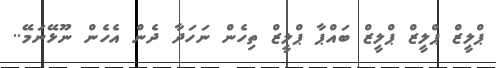
ޕްލީޒް ޕްލީޒް ޕްލީޒް ބައްޕާ ޕްލީޒް ތިހެން ނަހަދާ ދެން އެހެން ނޫޅޭނަމޭ..